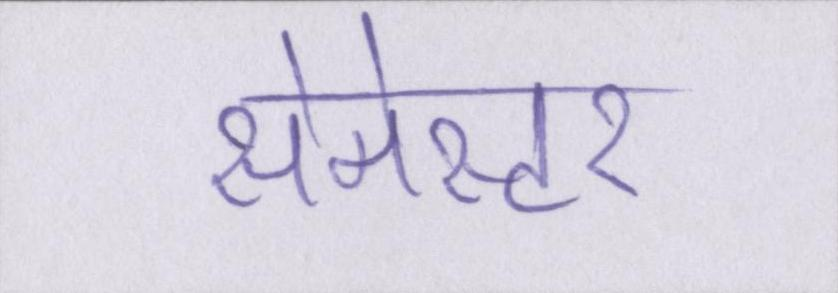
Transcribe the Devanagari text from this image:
सेमेस्टर